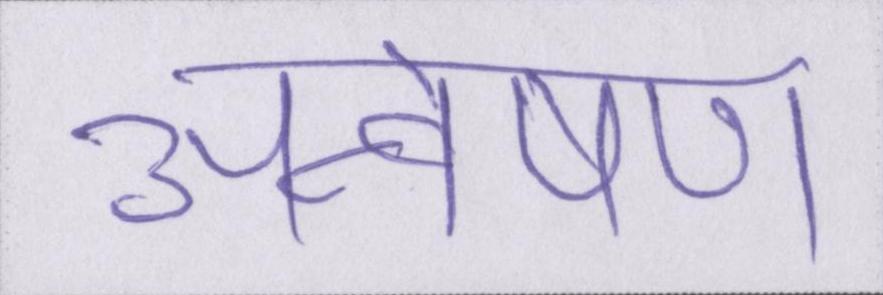
अन्वेषण